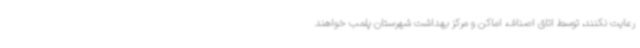
رعایت نکنند، توسط اتاق اصناف، اماکن و مرکز بهداشت شهرستان پلمب خواهند